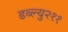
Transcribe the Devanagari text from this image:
डब्ल्यु२११